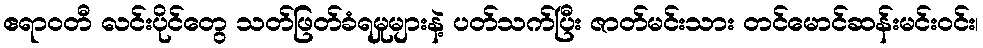
ဧရာဝတီ လင်းပိုင်တွေ သတ်ဖြတ်ခံရမှုများနဲ့ ပတ်သက်ပြီး ဇာတ်မင်းသား တင်မောင်ဆန်းမင်းဝင်း၊